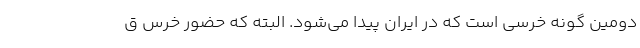
دومین گونه‌ خرسی است که در ایران پیدا می‌شود. البته که حضور خرس ق